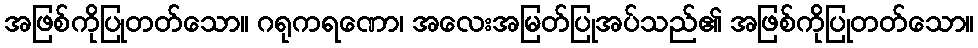
အဖြစ်ကိုပြုတတ်သော။ ဂရုကရဏော၊ အလေးအမြတ်ပြုအပ်သည်၏ အဖြစ်ကိုပြုတတ်သော။